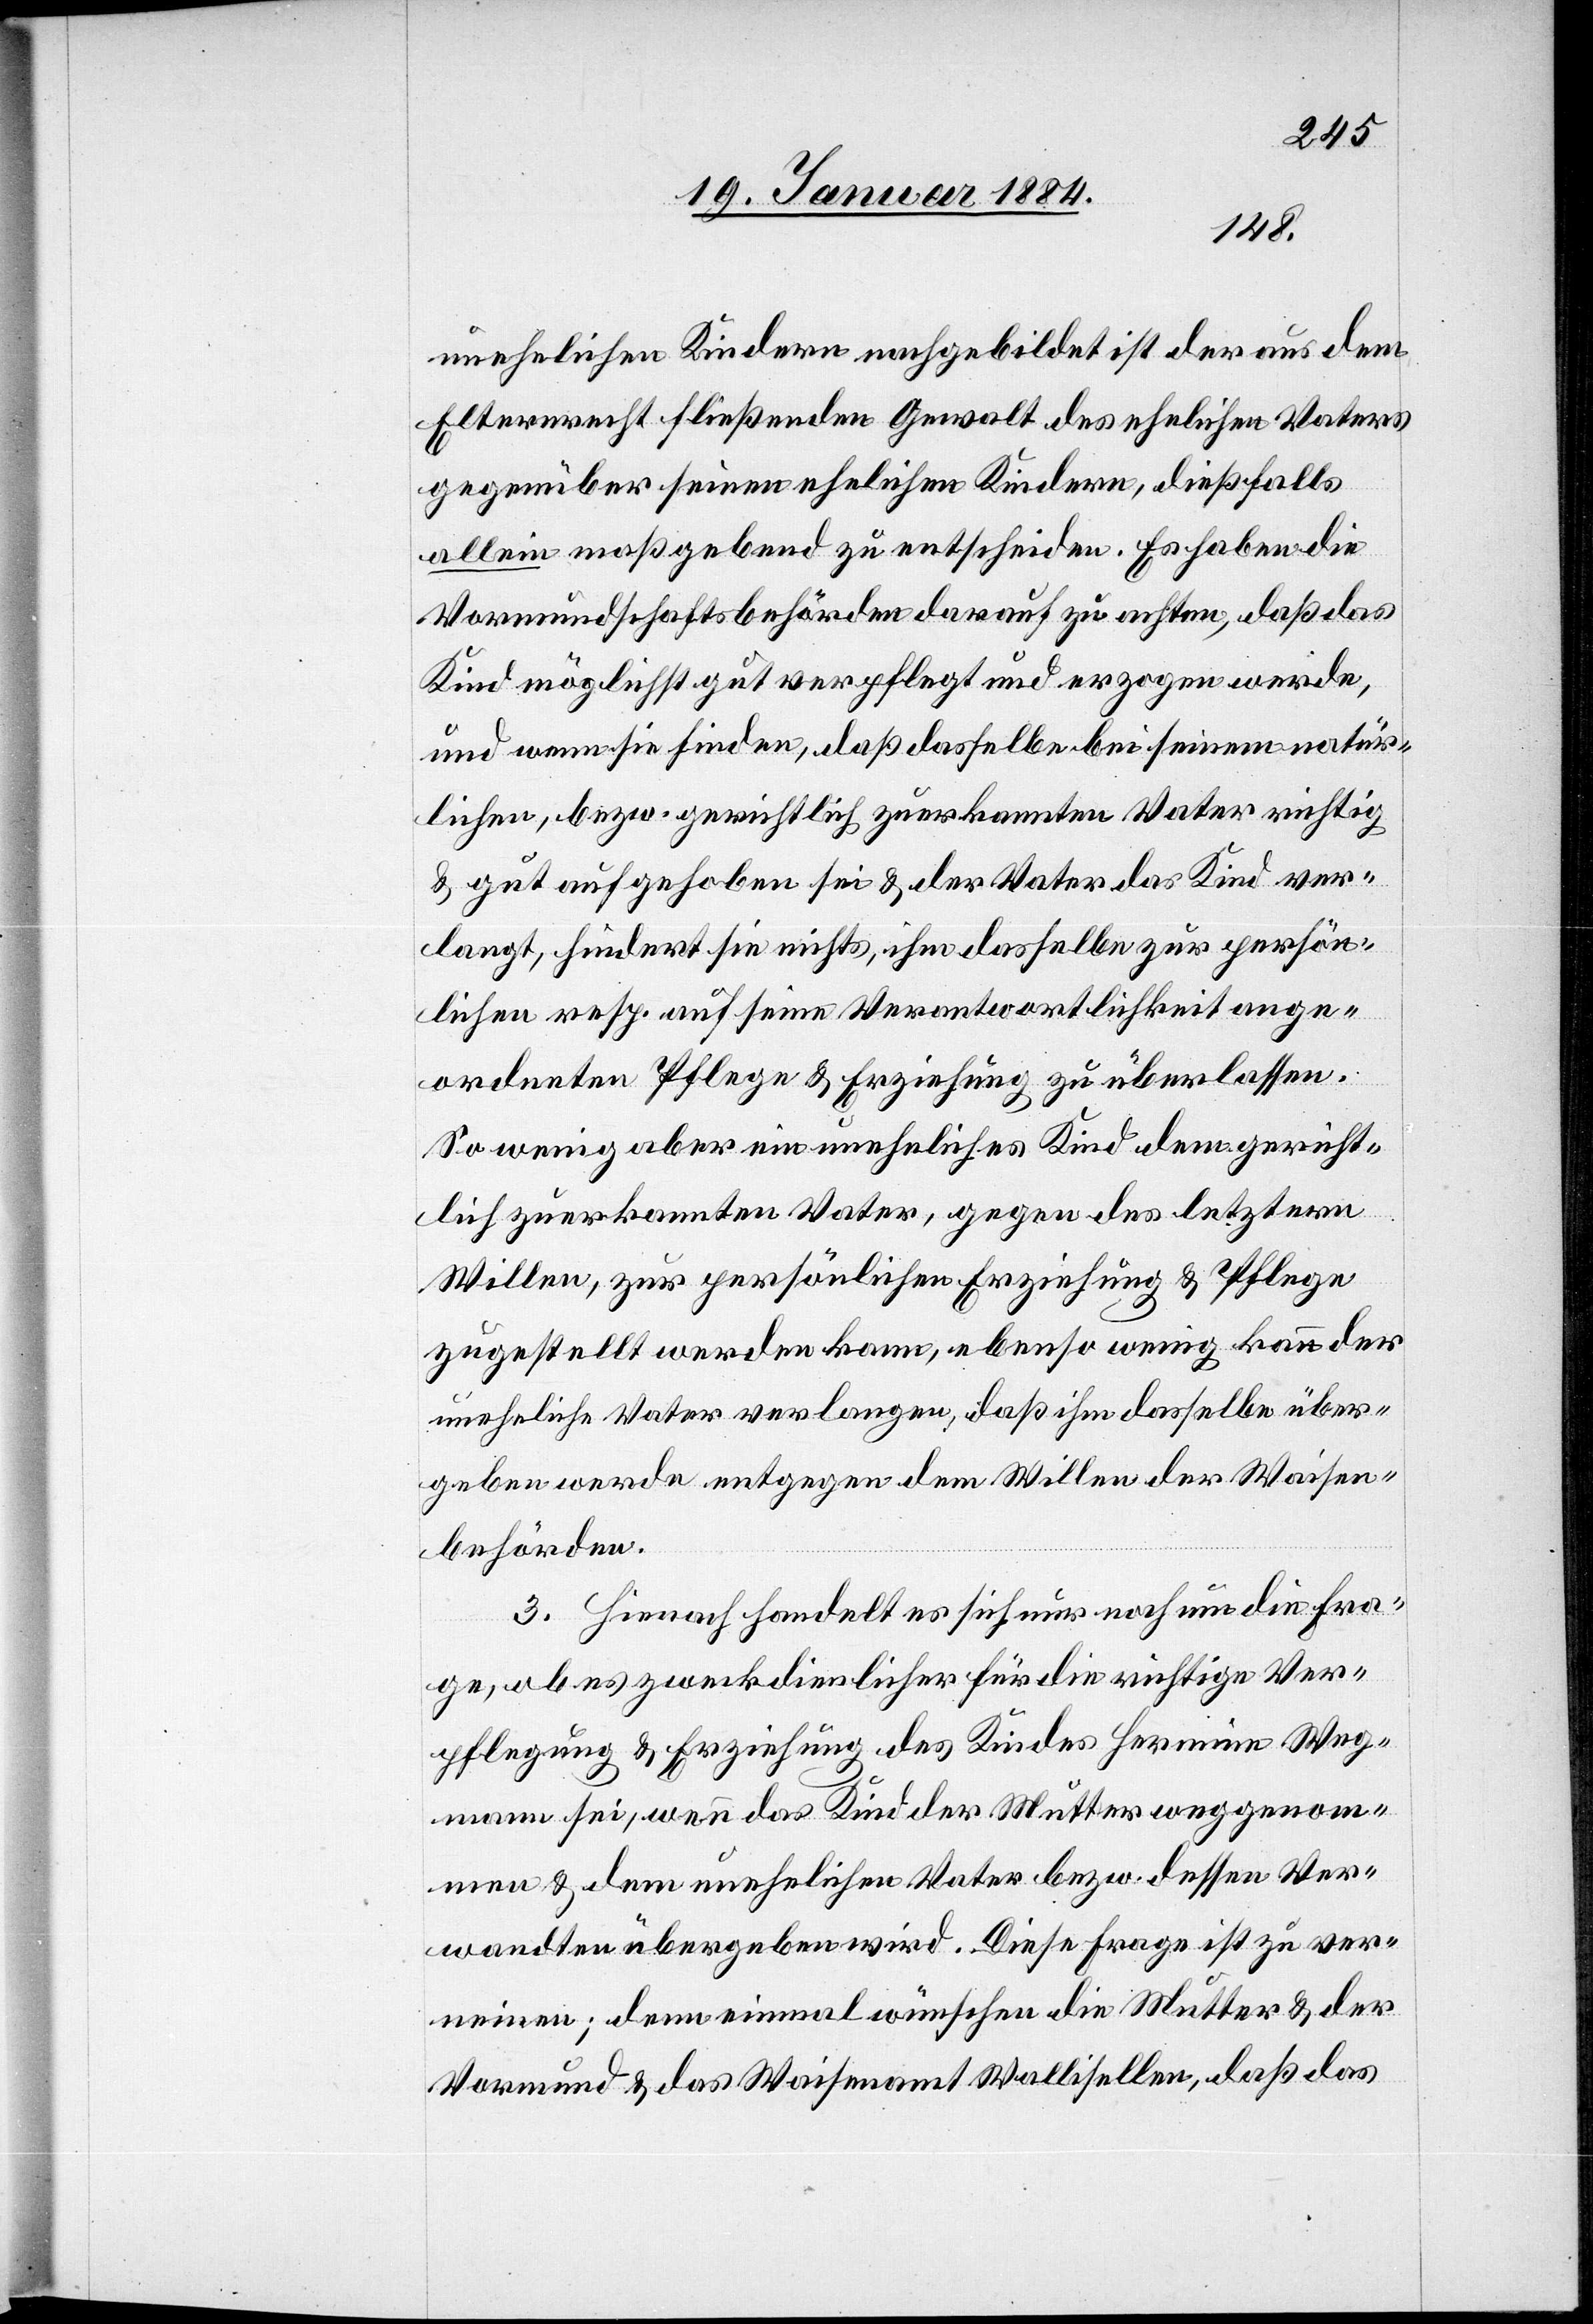
unehelichen Kindern nachgebildet ist der aus dem
Elternrecht fließenden Gewalt des ehelichen Vaters
gegenüber seinen ehelichen Kindern, dießfalls
allein maßgebend zu entscheiden. Es haben die
Vormundschaftsbehörden darauf zu achten, daß das
Kind möglichst gut verpflegt und erzogen werde,
und wenn sie finden, daß dasselbe bei seinem natür¬
lichen, bzw. gerichtlich zuerkannten Vater richtig
& gut aufgehoben sei & der Vater das Kind ver¬
langt, hindert sie nichts, ihm dasselbe zur persön¬
lichen resp. auf seine Verantwortlichkeit ange¬
ordneten Pflege & Erziehung zu überlassen.
So wenig aber ein uneheliches Kind dem gericht¬
lich zuerkannten Vater, gegen des letztern
Willen, zur persönlichen Erziehung & Pflege
zugestellt werden kann, ebenso wenig kann der
uneheliche Vater verlangen, daß ihm dasselbe über¬
geben werde entgegen dem Willen der Waisen¬
behörden.
3. Hienach handelt es sich nur noch um die Fra¬
ge, ob es zweckdienlicher für die richtige Ver¬
pflegung & Erziehung des Kindes Hermine Weg¬
mann sei, wenn das Kind der Mutter weggenom¬
men & dem unehelichen Vater bzw. dessen Ver¬
wandten übergeben wird. Diese Frage ist zu ver¬
neinen; denn einmal wünschen die Mutter & der
Vormund & das Waisenamt Wallisellen, daß das